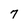
Character: 7